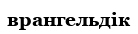
врангельдік